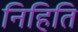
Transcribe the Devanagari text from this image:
निहिति